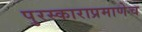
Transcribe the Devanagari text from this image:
पुरस्काराप्रमाणेच